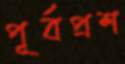
পূর্বপ্রশ